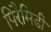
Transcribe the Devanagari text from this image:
पिरैमिडी